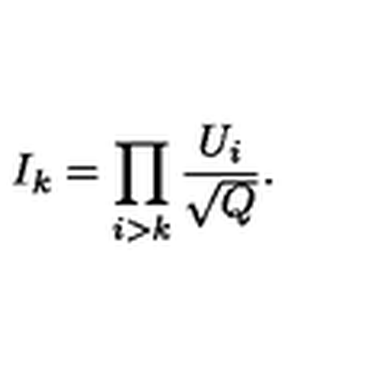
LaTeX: I _ { k } = \prod _ { i > k } \frac { U _ { i } } { \sqrt { Q } } { } .